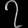
Digit: ၇